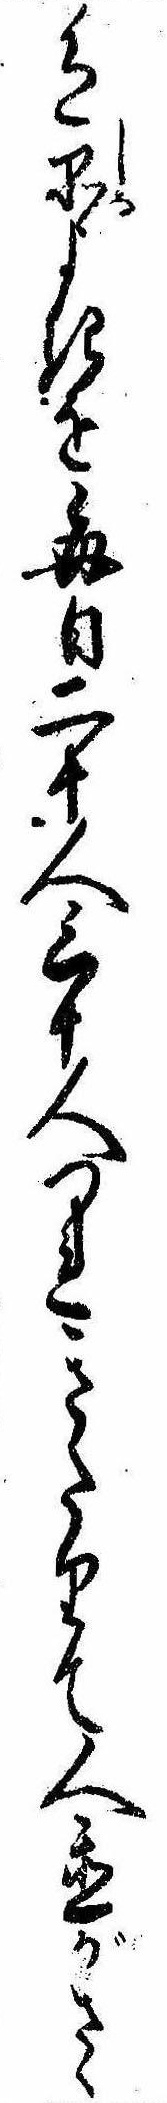
色品よきを毎日二十人三十人つれきたりて人置がさゝ